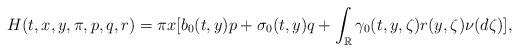
LaTeX: \begin{align*} H(t,x,y,\pi,p,q,r)=\pi x[b_0(t,y)p+\sigma_0(t,y)q+\int_{\mathbb{R}}\gamma_0(t,y,\zeta)r(y,\zeta)\nu(d\zeta)],\end{align*}